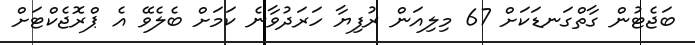
ބަޖެޓުން ގާތްގަނޑަކަށް 67 މިލިއަން ރުފިޔާ ހަރަދުވާނެ ކަމަށް ބެލެވޭ އެ ޕްރޮޖެކްޓަށް